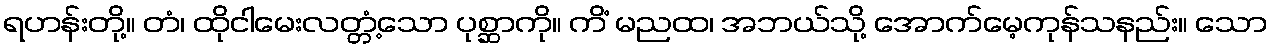
ရဟန်းတို့။ တံ၊ ထိုငါမေးလတ္တံ့သော ပုစ္ဆာကို။ ကိံ မညထ၊ အဘယ်သို့ အောက်မေ့ကုန်သနည်း။ သော